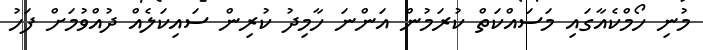
މުނި ހޯމްކެއާގައި މަސައްކަތް ކުރަމުން އަންނަ ހާމިދު ކުރިން ސައިކަލެއް ދުއްވުމަށް ފަހު